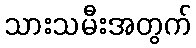
သားသမီးအတွက်